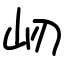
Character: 屻